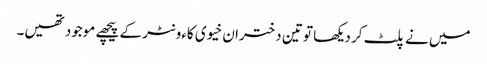
میں نے پلٹ کر دیکھا تو تین دختران خیوی کاءونٹر کے پیچھے موجود تھیں۔